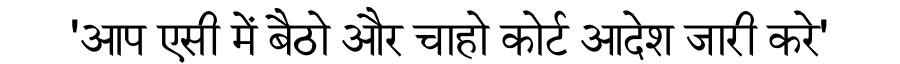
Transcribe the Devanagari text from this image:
'आप एसी में बैठो और चाहो कोर्ट आदेश जारी करे'